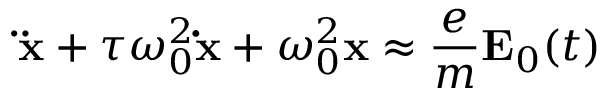
\mathbf { \ddot { x } } + \tau \omega _ { 0 } ^ { 2 } \mathbf { \dot { x } } + \omega _ { 0 } ^ { 2 } \mathbf { x } \approx { \frac { e } { m } } \mathbf { E } _ { 0 } ( t )